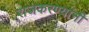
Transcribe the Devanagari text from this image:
राजकरण्यांनी